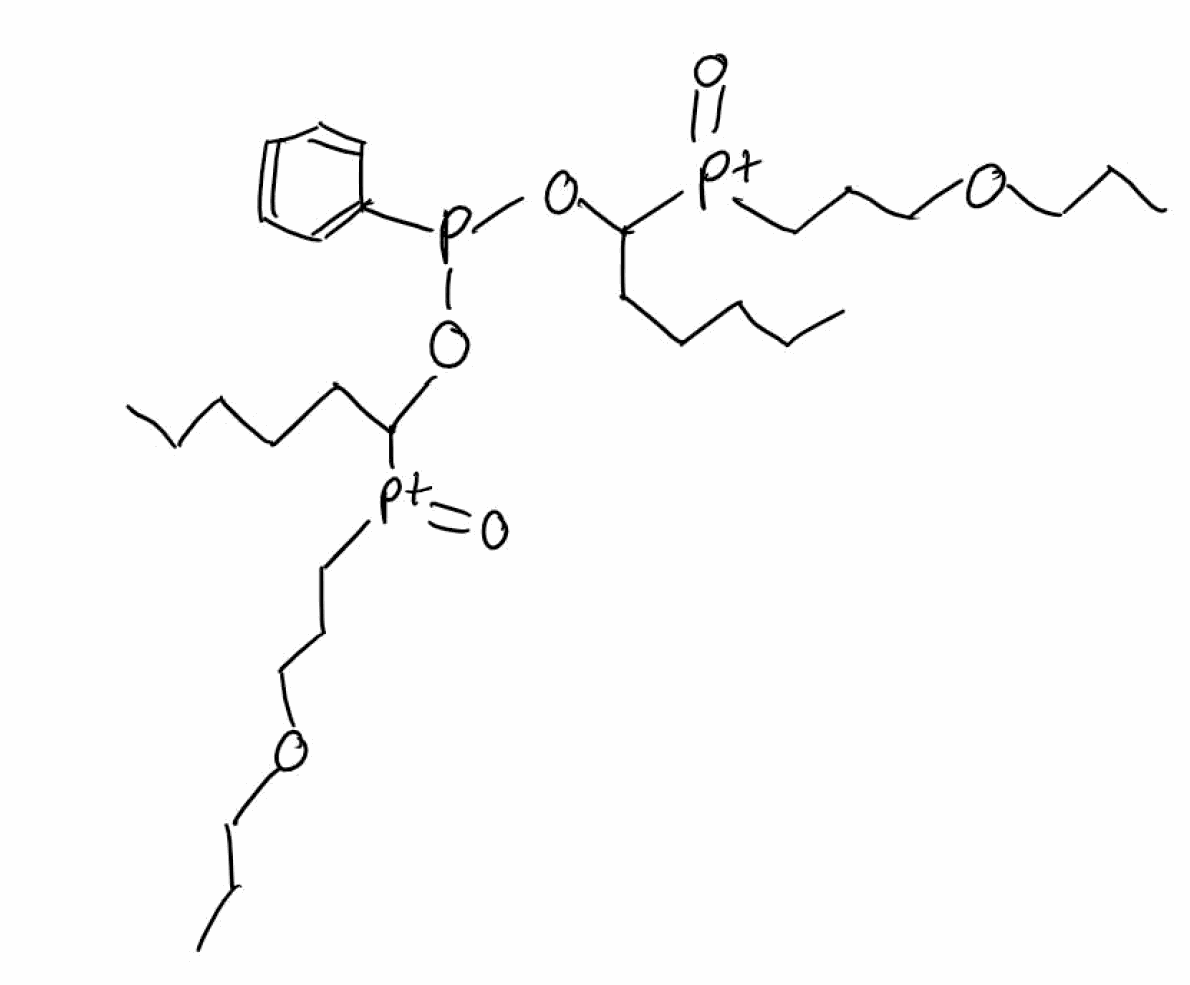
Simplified molecular-input line-entry system (SMILES) notation of the given molecule:
CCCCCC(OP(C1=CC=CC=C1)OC(CCCCC)[P+](=O)CCCOCCC)[P+](=O)CCCOCCC